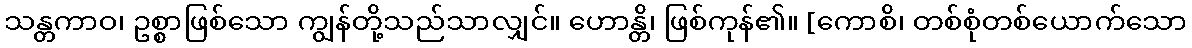
သန္တကာဝ၊ ဥစ္စာဖြစ်သော ကျွန်တို့သည်သာလျှင်။ ဟောန္တိ၊ ဖြစ်ကုန်၏။ [ကောစိ၊ တစ်စုံတစ်ယောက်သော